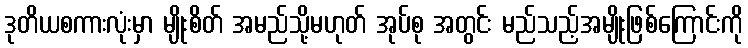
ဒုတိယစကားလုံးမှာ မျိုးစိတ် အမည်သို့မဟုတ် အုပ်စု အတွင်း မည်သည့်အမျိုးဖြစ်ကြောင်းကို